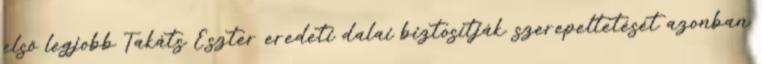
első legjobb Takáts Eszter eredeti dalai biztosítják. szerepeltetését azonban